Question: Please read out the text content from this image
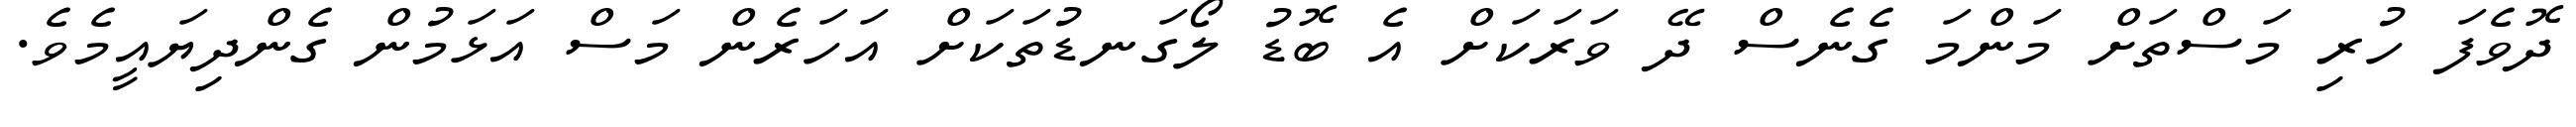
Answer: ދޮވެފަ ހުރި މަސްތަށް މަންމަ ގެނެސް ދޭ ވަރަކަށް އެ ބޮޑު ލޯގަނޑުތަކަށް އަހަރެން މަސް އަޅަމުން ގެންދިޔައީމެވެ.